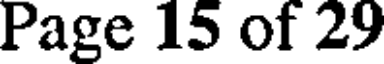
Page 15 of 29